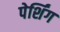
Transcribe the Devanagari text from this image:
पेर्शिंग